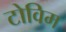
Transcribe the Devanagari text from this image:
टोविम